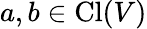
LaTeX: a,b\in\operatorname{Cl}(V)